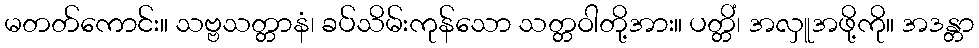
မတတ်ကောင်း။ သဗ္ဗသတ္တာနံ၊ ခပ်သိမ်းကုန်သော သတ္တဝါတို့အား။ ပတ္တိံ၊ အလှူအဖို့ကို။ အဒန္တာ